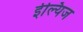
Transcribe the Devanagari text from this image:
ईल्यिज